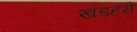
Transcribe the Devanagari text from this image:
खंडहरो